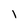
Character: I